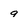
Character: 9